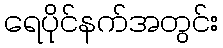
ရေပိုင်နက်အတွင်း